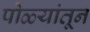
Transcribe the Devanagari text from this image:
पोळ्यांतून